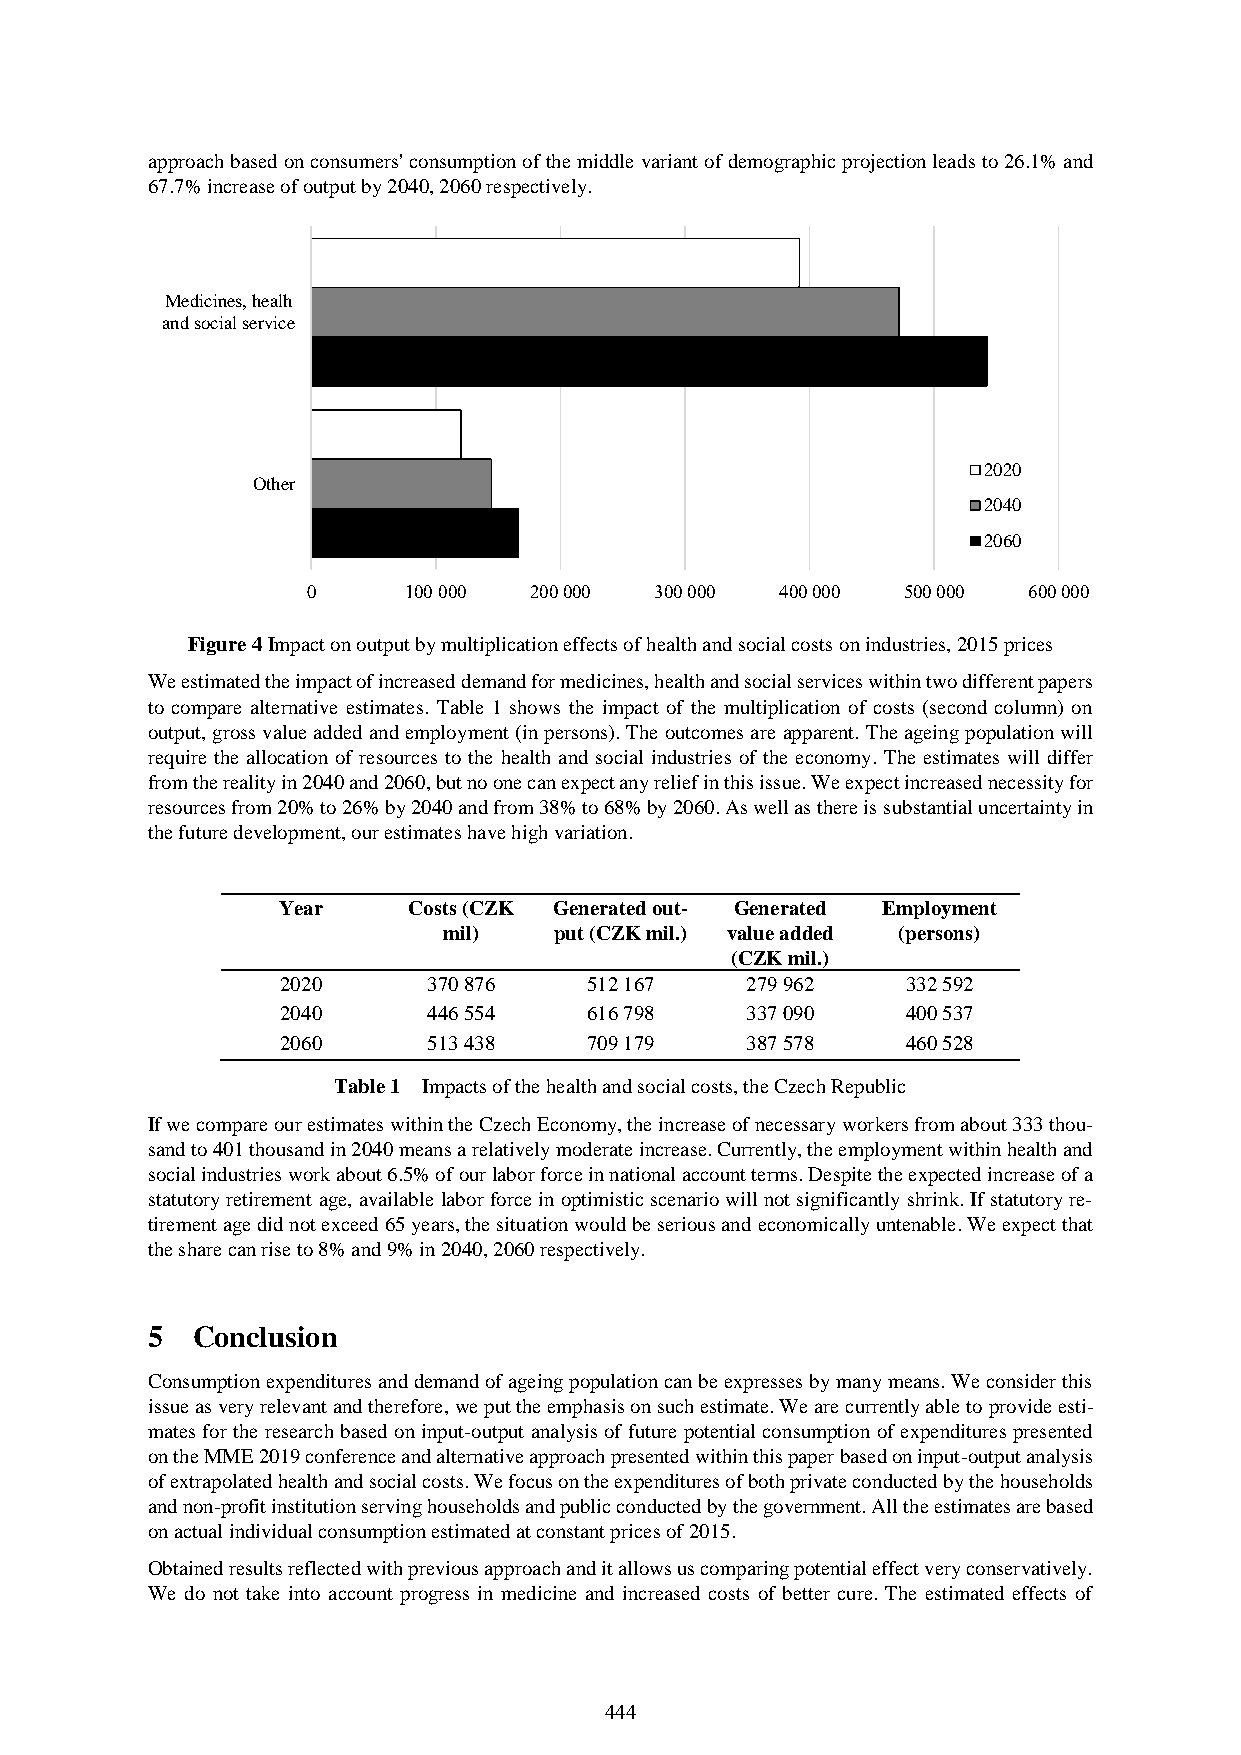
approach based on consumers' consumption of the middle variant of demographic projection leads to 26.1% and
 67.7% increase of output by 2040, 2060 respectively.
 Medicines, healh
 and social service
 2020
 Other
 2040
 2060
 0      100 000 200 000 300 000  400 000 500 000 600 000
 Figure 4 Impact on output by multiplication effects of health and social costs on industries, 2015 prices
 We estimated the impact of increased demand for medicines, health and social services within two different papers
 to compare alternative estimates. Table 1 shows the impact of the multiplication of costs (second column) on
 output, gross value added and employment (in persons). The outcomes are apparent. The ageing population will
 require the allocation of resources to the health and social industries of the economy. The estimates will differ
 from the reality in 2040 and 2060, but no one can expect any relief in this issue. We expect increased necessity for
 resources from 20% to 26% by 2040 and from 38% to 68% by 2060. As well as there is substantial uncertainty in
 the future development, our estimates have high variation.
 Year     Costs (CZK Generated out- Generated Employment
 mil)    put (CZK mil.) value added (persons)
 (CZK mil.)
 2020     370 876    512 167   279 962    332 592
 2040     446 554    616 798   337 090    400 537
 2060     513 438    709 179   387 578    460 528
 Table 1 Impacts of the health and social costs, the Czech Republic
 If we compare our estimates within the Czech Economy, the increase of necessary workers from about 333 thou-
 sand to 401 thousand in 2040 means a relatively moderate increase. Currently, the employment within health and
 social industries work about 6.5% of our labor force in national account terms. Despite the expected increase of a
 statutory retirement age, available labor force in optimistic scenario will not significantly shrink. If statutory re-
 tirement age did not exceed 65 years, the situation would be serious and economically untenable. We expect that
 the share can rise to 8% and 9% in 2040, 2060 respectively.
 5  Conclusion
 Consumption expenditures and demand of ageing population can be expresses by many means. We consider this
 issue as very relevant and therefore, we put the emphasis on such estimate. We are currently able to provide esti-
 mates for the research based on input-output analysis of future potential consumption of expenditures presented
 on the MME 2019 conference and alternative approach presented within this paper based on input-output analysis
 of extrapolated health and social costs. We focus on the expenditures of both private conducted by the households
 and non-profit institution serving households and public conducted by the government. All the estimates are based
 on actual individual consumption estimated at constant prices of 2015.
 Obtained results reflected with previous approach and it allows us comparing potential effect very conservatively.
 We do not take into account progress in medicine and increased costs of better cure. The estimated effects of
 444